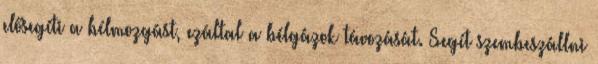
elősegíti a bélmozgást, ezáltal a bélgázok távozását. Segít szembeszállni